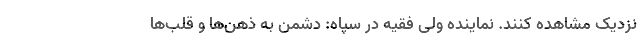
نزدیک مشاهده کنند. نماینده ولی فقیه در سپاه: دشمن به ذهن‌ها و قلب‌ها